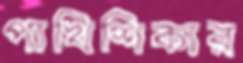
পাখিশিকার